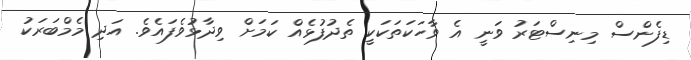
ޑިފެންސް މިނިސްޓަރު ވަނީ އެ ވާހަކަތަކަކީ ތެދުފުޅެއް ކަމަށް ވިދާޅުވެފައެވެ. އަދި މެމްބަރަކު